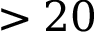
> 2 0